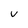
Character: v